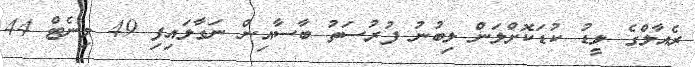
ރެއާލްގެ ލީޑު ކުޑަކޮށްލަން ލިބުނު ފުރުސަތު ބާސާއިން ނަގާލައިފި 49 މިނެޓް 44